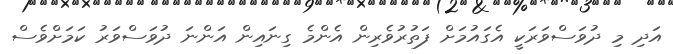
އަދި މި ދުވަސްވަރަކީ އެގައުމަށް ފަތުރުވެރިން އެންމެ ގިނައިން އަންނަ ދުވަސްވަރު ކަމަށްވެސް